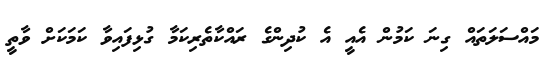
މައްސަލަތައް ގިނަ ކަމުން އެއީ އެ ކުދިންގެ ރައްކާތެރިކަމާ ގުޅިފައިވާ ކަމަކަށް ވާތީ